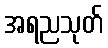
အရညသုတ်